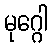
မုဂ္ဂေါ